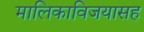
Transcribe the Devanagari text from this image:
मालिकाविजयासह